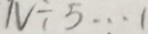
N \div 5 \cdots 1